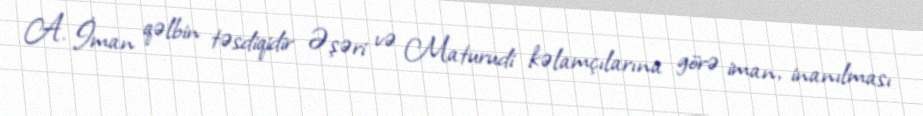
A. İman qəlbin təsdiqidir Əşəri və Maturudi kəlamçılarına görə iman, inanılması